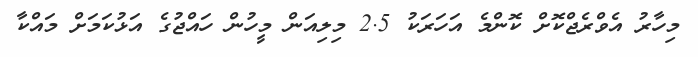
މިހާރު އެވްރެޖްކޮށް ކޮންމެ އަހަރަކު 2.5 މިލިއަން މީހުން ހައްޖުގެ އަޅުކަމަށް މައްކާ